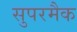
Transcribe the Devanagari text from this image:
सुपरमैक